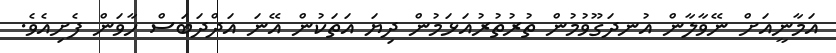
އަމާނީއަށް ނޭވާލާން އުނދަގޫވުމުން ތުރުތުރުއަޅަމުން ދިޔަ އަތަކުން އޭނަ އަދްދަބަސް ހާވަން ފެށިއެވެ.